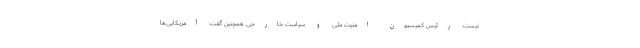
نیست. رئیس‌ کمیسیون امنیت ملی و سیاست خارجی همچنین گفت: آمریکایی‌ها